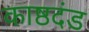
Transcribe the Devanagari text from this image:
काष्ठदंड